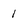
Character: 1